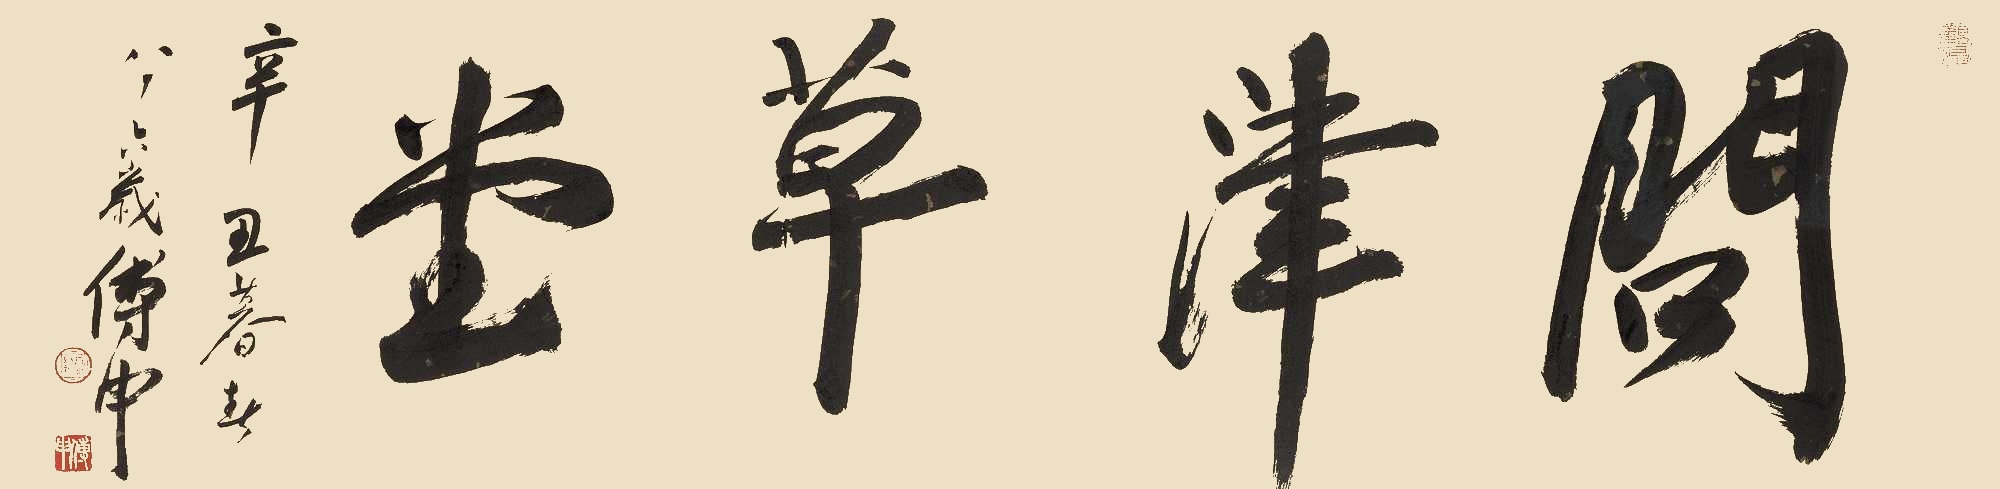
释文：问津草堂辛丑暮春，八十六岁傅申。